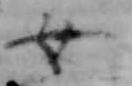
女